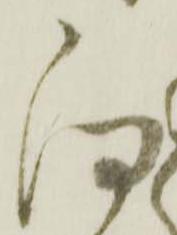
何